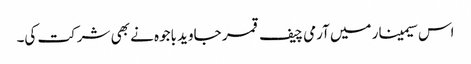
اس سیمینار میں آرمی چیف قمر جاوید باجوہ نے بھی شرکت کی۔